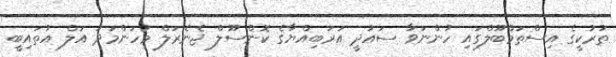
ތުރުކީގެ އިސްތަމްބޫލްގައި ހުންނަވާ ސައުދީ އަރަބިއްޔާގެ ކޮންސޫލް ޖެނެރަލް މުހަންމަދު އަލް އުތައިބީ